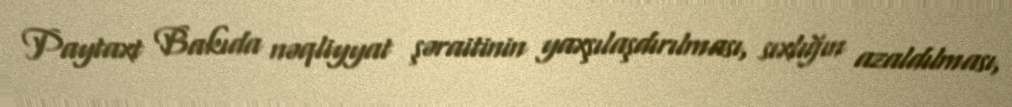
Paytaxt Bakıda nəqliyyat şəraitinin yaxşılaşdırılması, sıxlığın azaldılması,